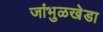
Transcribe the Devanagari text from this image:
जांभुळखेडा